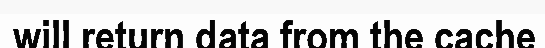
will return data from the cache